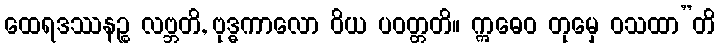
ထေရဒဿနဉ္စ လဗ္ဘတိ, ဗုဒ္ဓကာလော ဝိယ ပဝတ္တတိ။ ဣဓေဝ တုမှေ ဝသထာ”တိ